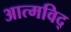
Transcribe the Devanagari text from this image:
आत्मविद्